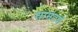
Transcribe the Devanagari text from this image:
धामटणे